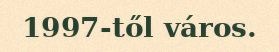
1997-től város.